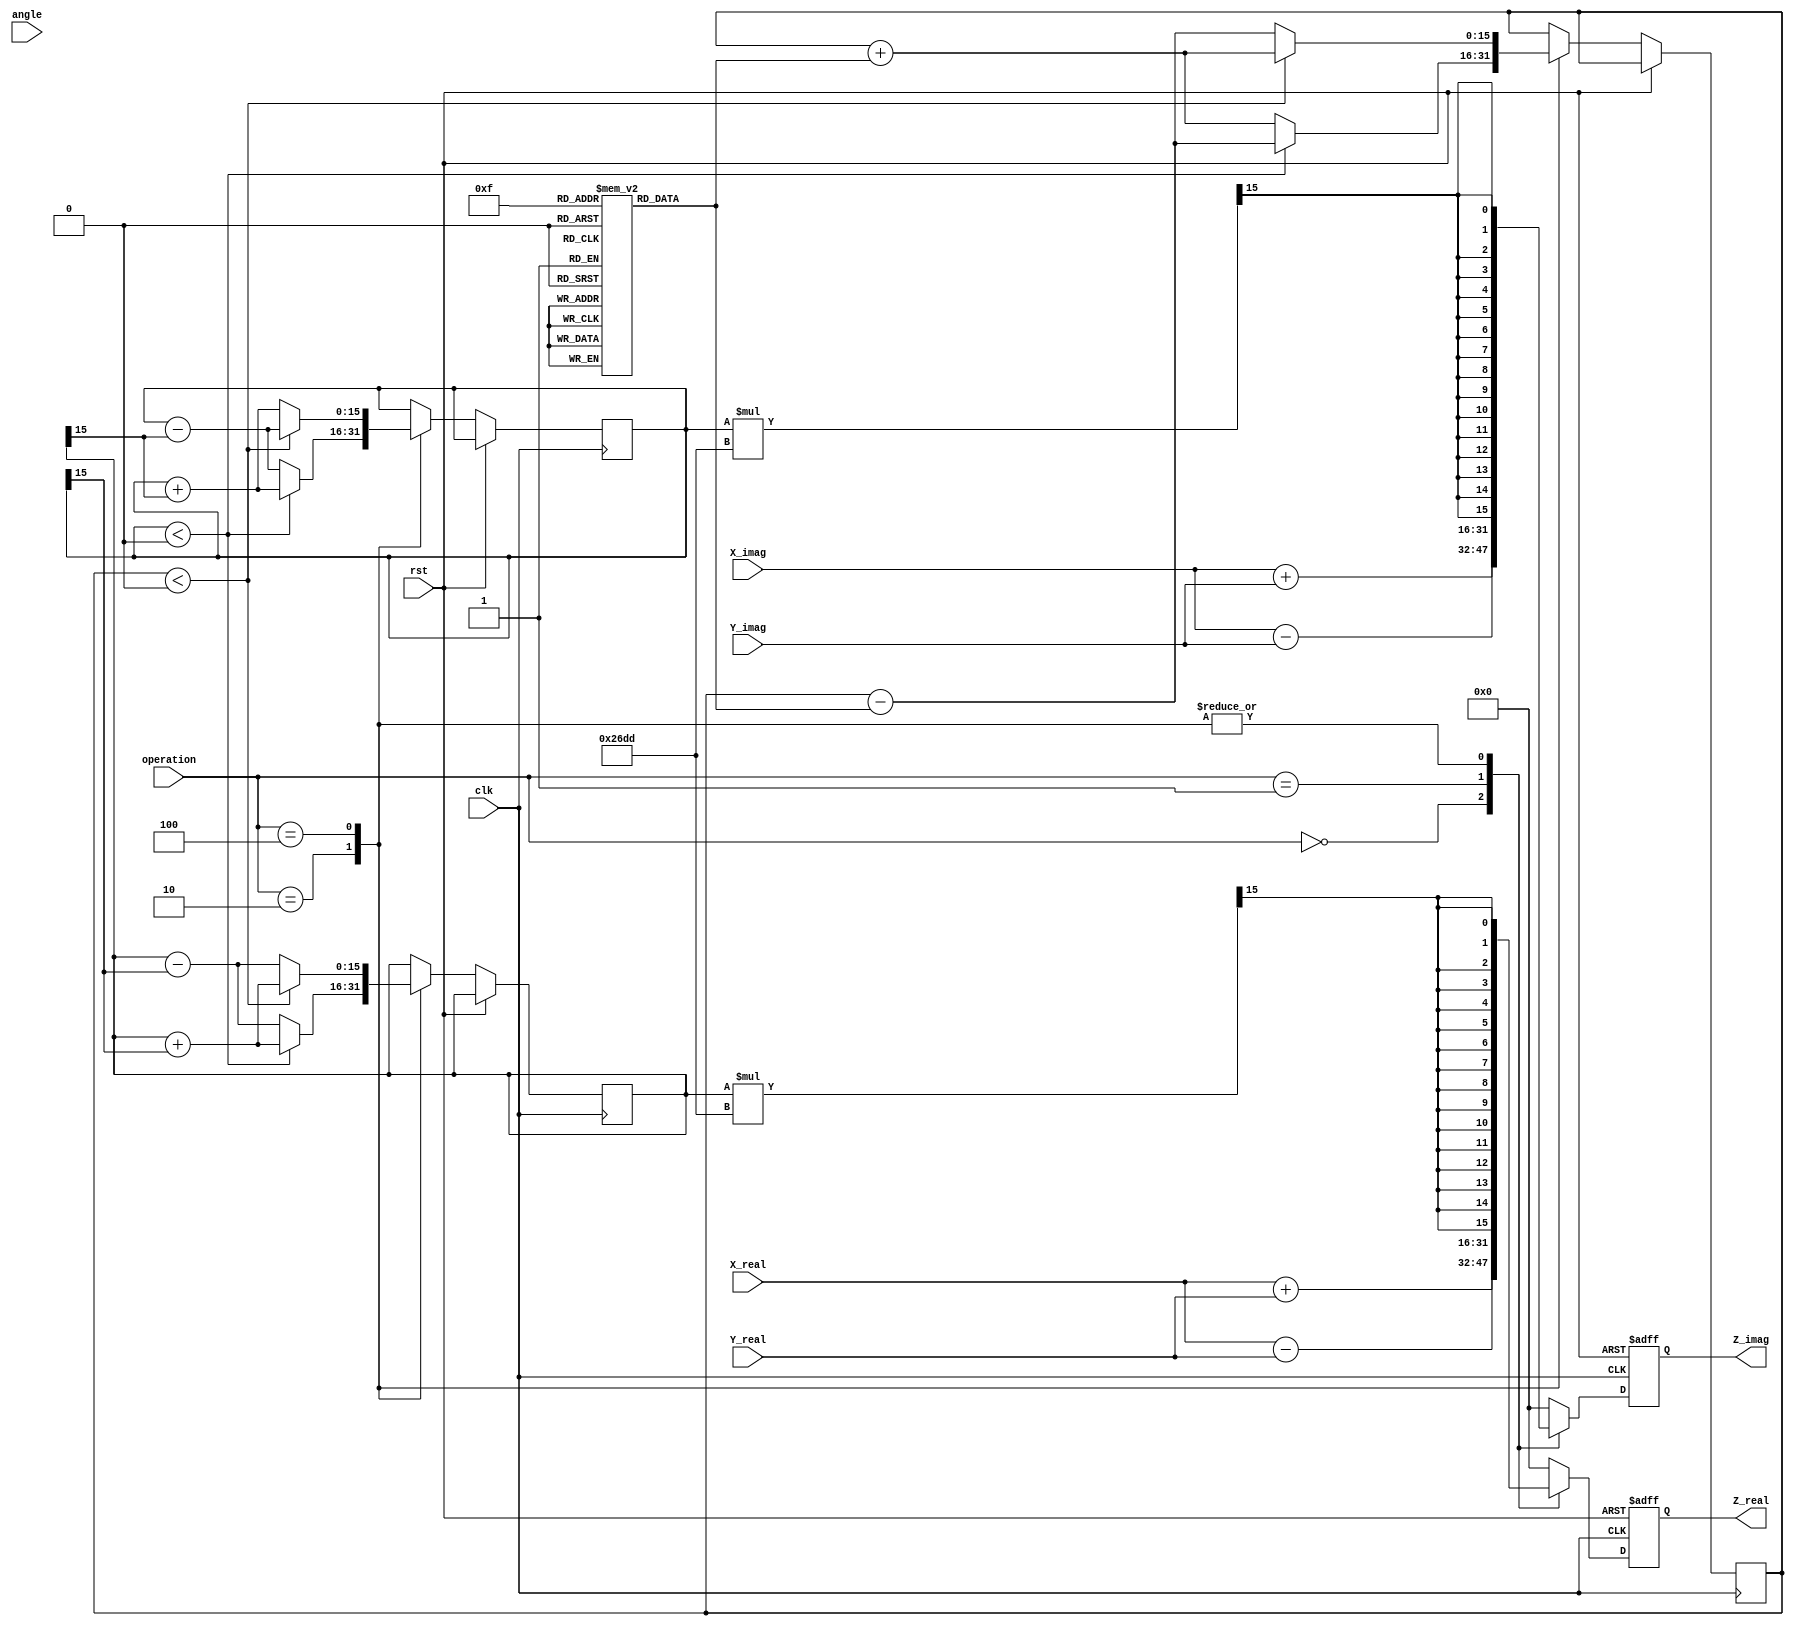
module complex_cordic (
    input wire signed [15:0] X_real,     // Real part of the first complex number
    input wire signed [15:0] X_imag,     // Imaginary part of the first complex number
    input wire signed [15:0] Y_real,     // Real part of the second complex number
    input wire signed [15:0] Y_imag,     // Imaginary part of the second complex number
    input wire [2:0] operation,          // Control signal for operation
    input wire signed [15:0] angle,      // Input angle for rotation operations
    input wire clk,                      // Clock signal
    input wire rst,                      // Reset signal
    output reg signed [15:0] Z_real,     // Real part of the result
    output reg signed [15:0] Z_imag      // Imaginary part of the result
);

    // Parameters
    parameter ADD = 3'b000;
    parameter SUB = 3'b001;
    parameter MUL = 3'b010;
    parameter DIV = 3'b011;
    parameter ROTATE = 3'b100;

    // CORDIC constants
    reg signed [15:0] cordic_gain = 16'h26DD; // K = 0.6072529350088812561694 (fixed-point representation)
    reg signed [15:0] angle_table [0:15]; // Lookup table for arctangent values

    // Internal signals
    reg signed [15:0] x, y, z;
    integer i;

    // Initialize angle table
    initial begin
        angle_table[0] = 16'h0000; // atan(1) = 0
        angle_table[1] = 16'h3F22; // atan(0.5)
        angle_table[2] = 16'h3E3D; // atan(0.25)
        angle_table[3] = 16'h3D90; // atan(0.125)
        // Add more values as needed...
    end

    // Main operation
    always @(posedge clk or posedge rst) begin
        if (rst) begin
            Z_real <= 0;
            Z_imag <= 0;
        end else begin
            case (operation)
                ADD: begin
                    Z_real <= X_real + Y_real;
                    Z_imag <= X_imag + Y_imag;
                end
                SUB: begin
                    Z_real <= X_real - Y_real;
                    Z_imag <= X_imag - Y_imag;
                end
                MUL: begin
                    // CORDIC multiplication (simplified)
                    x <= X_real;
                    y <= X_imag;
                    z <= 0; // No rotation
                    for (i = 0; i < 16; i = i + 1) begin
                        if (y < 0) begin
                            x <= x + (y >>> i);
                            y <= y + (x >>> i);
                            z <= z - angle_table[i];
                        end else begin
                            x <= x - (y >>> i);
                            y <= y - (x >>> i);
                            z <= z + angle_table[i];
                        end
                    end
                    Z_real <= (x * cordic_gain) >>> 15; // Scale by K
                    Z_imag <= (y * cordic_gain) >>> 15; // Scale by K
                end
                DIV: begin
                    // CORDIC division (simplified)
                    // Implement vectoring mode here
                    // This is a placeholder for division logic
                    Z_real <= 0; // Placeholder
                    Z_imag <= 0; // Placeholder
                end
                ROTATE: begin
                    // CORDIC rotation (simplified)
                    x <= X_real;
                    y <= X_imag;
                    z <= angle; // Input angle
                    for (i = 0; i < 16; i = i + 1) begin
                        if (z < 0) begin
                            x <= x + (y >>> i);
                            y <= y - (x >>> i);
                            z <= z + angle_table[i];
                        end else begin
                            x <= x - (y >>> i);
                            y <= y + (x >>> i);
                            z <= z - angle_table[i];
                        end
                    end
                    Z_real <= (x * cordic_gain) >>> 15; // Scale by K
                    Z_imag <= (y * cordic_gain) >>> 15; // Scale by K
                end
                default: begin
                    Z_real <= 0;
                    Z_imag <= 0;
                end
            endcase
        end
    end
endmodule